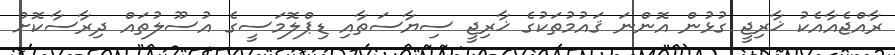
ރާއްޖެއާއެކު ޚާރިޖީ ގުޅުން އޮންނަ ޤައުމުތަކުގެ ޚާރިޖީ ސިޔާސަތާއި ޑިޕްލޮމަސީގެ އުސޫލުތައް ދިރާސާކޮށް